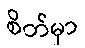
စိတ်မှာ